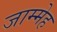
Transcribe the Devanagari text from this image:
जाम्मेह